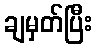
ချမှတ်ပြီး